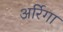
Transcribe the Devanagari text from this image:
अर्रिगा